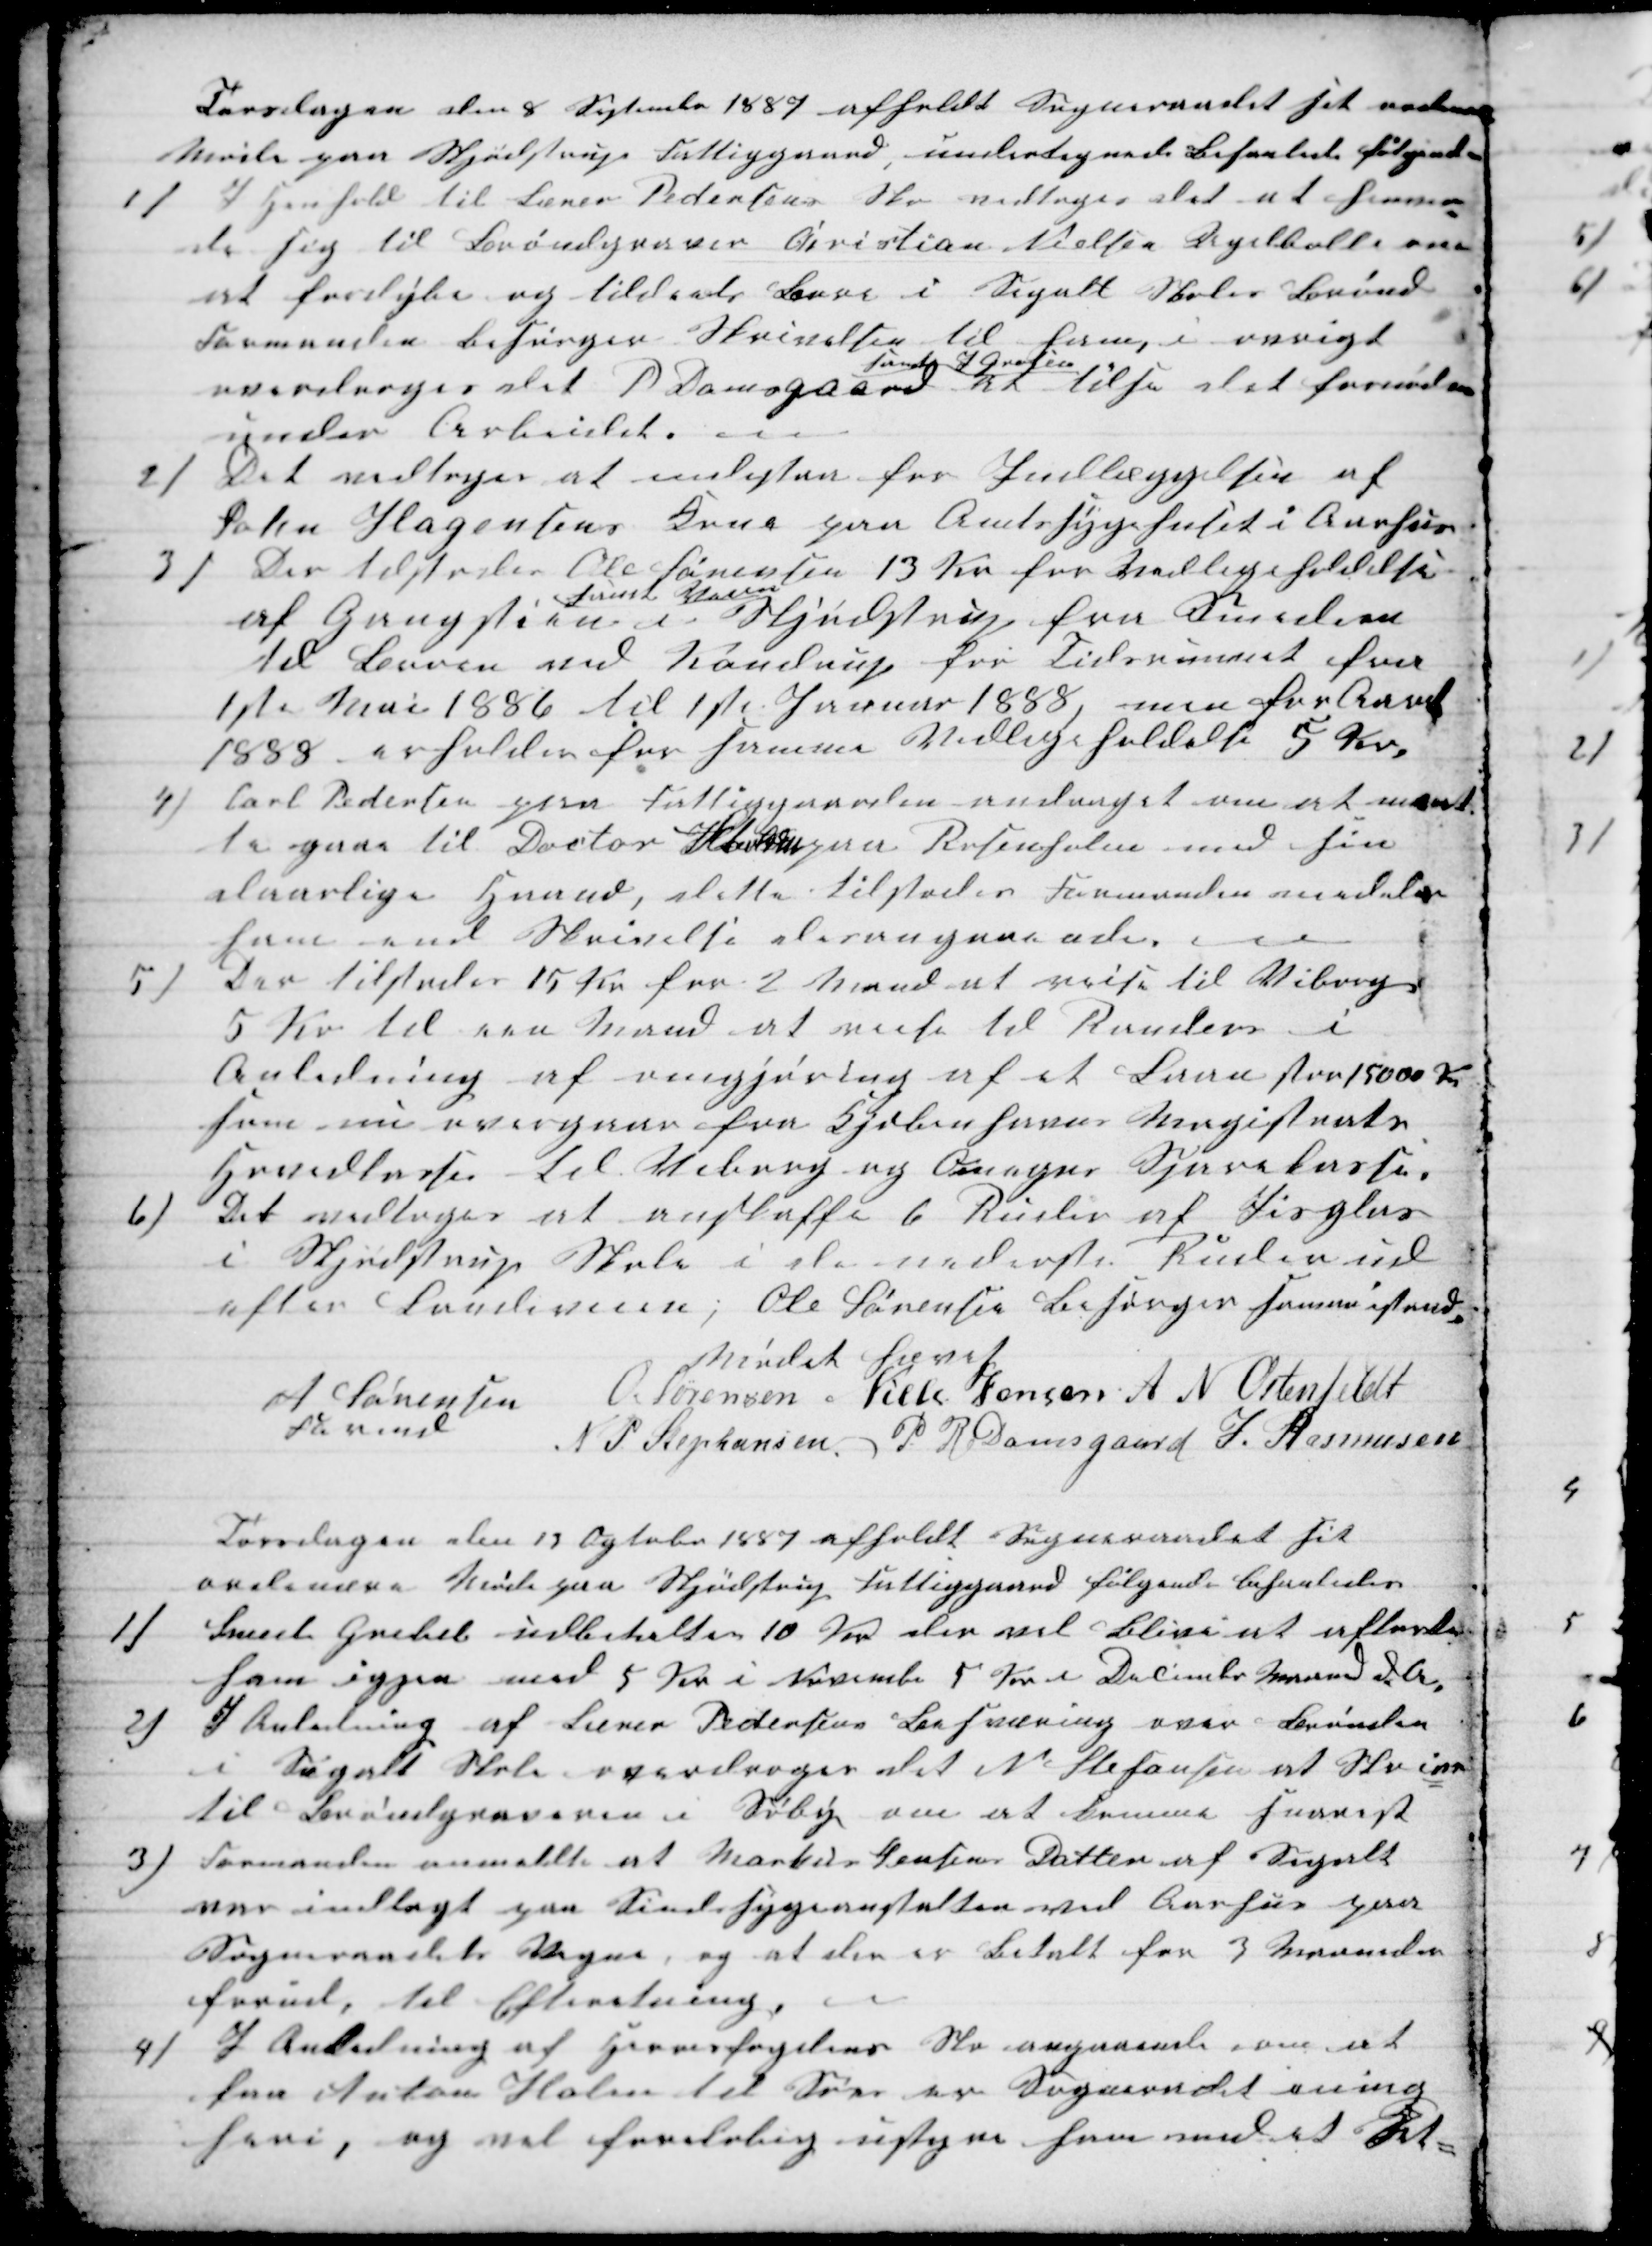
Transskription:
Torsdagen den 8 September 1887 afholdt Sogneraadet sit ordinære
Møde paa Skjødstrup Fattiggaard, undertegnede behanlede følgende
1)
I Henhold til Lærer Pedersens Skr vedtoges det at henven-
de sig til Brøndgraver Christian Nielsen Ugelbølle om
at fordybe og tildeels Bore i Segalt Skoles Brønd
Formanden besørger Skrivelsen til ham, i øvrigt
overdroges det P Damsgaard 
samt J Grosen
at tilse det fornødne
under Arbeitet.
2)
Det vedtoges at indestaa for Indlæggelsen af
John Hagensens Kone paa Amtssygehuset i Aarhus
3) Der tilstodes Ole Sørensen 13 Kr for Vedligeholdelse
af Gangstien 
samt Veien
i Skjødstrup fra Smeden
til Broen ved Kondrup for Tidsrumet fra
1ste Mai 1886 til 1ste Januar 1888, men for Aaret
1888 erholdes for samme Vedligeholdelse 5 Kr.
4)
Carl Pedersen paa Fattiggaarden andraget om at maat-
te gaae til Doctor Storm paa Rosenholm med sin
daarlige Haand, dette tilstodes Formanden medeler
ham end Skrivelse desangaaende.
5)
Der tilstodes 15 Kr for 2 Mand at reise til Viborg
5 Kr til een Mand at reise til Randers i
Anledning af omgjøring af et Laan stor 15000 Kr
som nu overgaar fra Kjøbenhavns Magistrats
Hovedkasse til Viborg og Omegns Sparekasse.
6)
Det vedtoges at anskaffe 6 Ruder af Jisglas
i Skjødstrup Skole i de nederste Ruder ud
efter Landeveien; Ole Sørensen besørger samme istand.
Mødet hævet
A Sørensen
Formand
O. Sørensen Niels Jensen A N Ostenfeldt
N P Stephansen P R Damsgaard J. Rasmussen
Torsdagen den 17 Ogtobr 1887 afholdt Sogneraadet sit
ordinære Møde paa Skjødstrup Fattiggaard følgende behanledes
1)
Smed Grebel udbetaltes 10 Kr der vil blive at aflaste
ham igjen med 5 Kr i November 5 Kr i December Maaned d. A.
2)
I Anledning af Lærer Pedersens Besværing over Brønden
i Segalt Skole overdroges det N Stefansen at Skr ind
til Brøndgraveren i Søby om at komme snarest
3)
Formanden anmeldte at Markus Jensens Datter af Segalt
var indlagt paa Sindssygeanstalten ved Aarhus paa
Sogneraadets Vegne, og at der er betalt for 3 Maaneder
forud, til Efteretning.
4)
I Anledning af Herresfogdens Skr angaaende om at
faa Anton Holm til Søes er Sogneraadet ening
heri, og vil foreløbig ustyre ham med et Set=